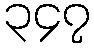
၃၄၇